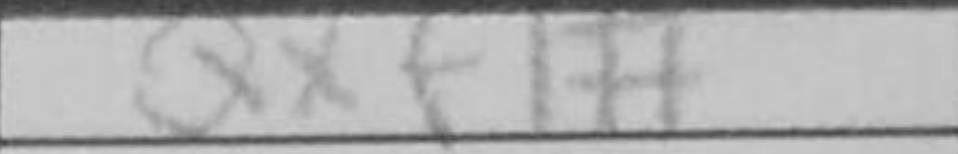
Transcription: Qxf1#